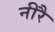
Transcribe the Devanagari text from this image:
नीरै